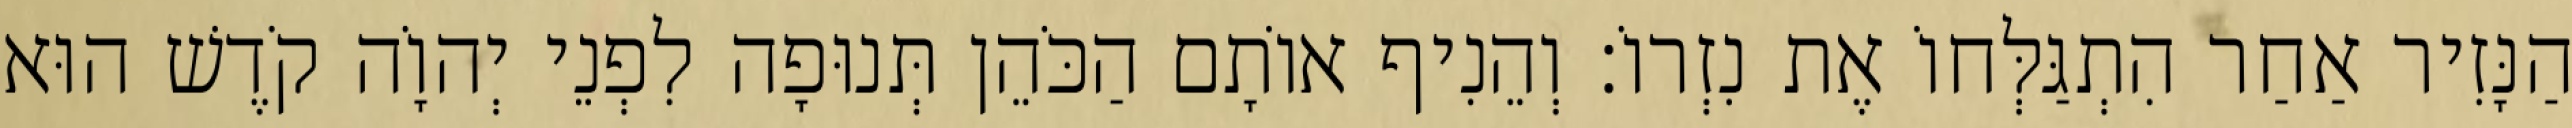
הַנָּזִיר אַחַר הִתְגַּלְּחוֹ אֶת נִזְרוֹ׃ וְהֵנִיף אוֹתָם הַכֹּהֵן תְּנוּפָה לִפְנֵי יְהוָֹה קֹדֶשׁ הוּא